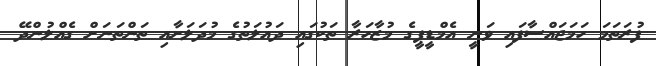
ފުރަތަމަ ހަމަޖައްސާފައި ވަނީ އެމްޑީޕީގެ މުޒާހަރާ ތަކުގައި ދައުލަތުގެ މުދަލަށާއި ތަންތަނަށް ގެއްލުންދޭ